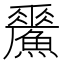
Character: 𩻢